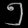
Digit: ၅